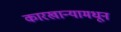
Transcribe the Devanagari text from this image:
कारखान्यामधून